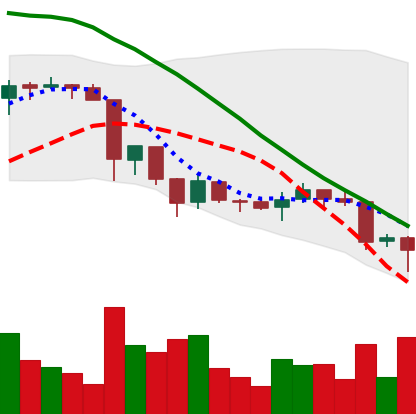
Ticker: XRP-USD
Chart end date: 2018-06-24
Forward return: -5.09%
Label: down_5_7